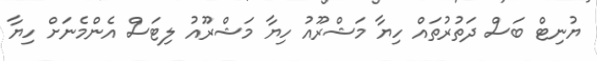
ޔުނިޓް ބަސް ދަތުރުތައް ހިޔާ މަޝްރޫއު ހިޔާ މަޝްރޫއު ލިޓަސް އެންމެނަށް ހިޔާ